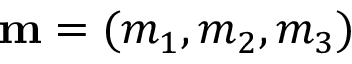
{ \bf m } = ( m _ { 1 } , m _ { 2 } , m _ { 3 } )